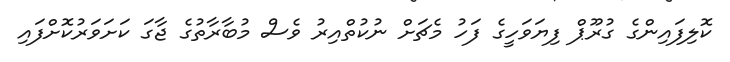
ކޮލިފައިންގެ ގުރޫޕް ފިޔަވަހީގެ ފަހު މެޗަށް ނުކުތްއިރު ވެސް މުބާރާތުގެ ޖާގަ ކަށަވަރުކޮށްފައި